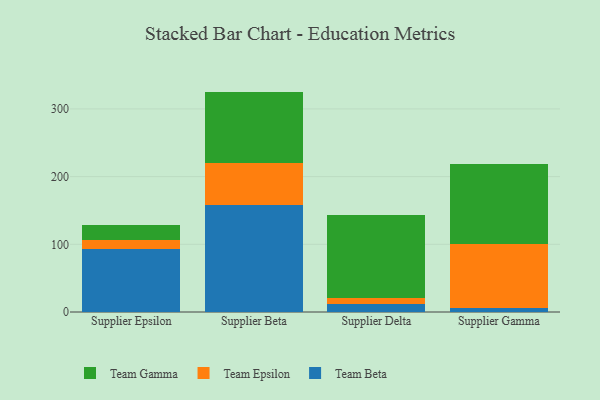
{"axis": {"x": "Supplier", "y": "Population (Million)"}, "legend": ["Team Beta", "Team Epsilon", "Team Gamma"], "data": [{"x": "Supplier Epsilon", "y": 93.5, "type": "Team Beta"}, {"x": "Supplier Epsilon", "y": 13.2, "type": "Team Epsilon"}, {"x": "Supplier Epsilon", "y": 22.0, "type": "Team Gamma"}, {"x": "Supplier Beta", "y": 158.2, "type": "Team Beta"}, {"x": "Supplier Beta", "y": 62.0, "type": "Team Epsilon"}, {"x": "Supplier Beta", "y": 105.4, "type": "Team Gamma"}, {"x": "Supplier Delta", "y": 12.3, "type": "Team Beta"}, {"x": "Supplier Delta", "y": 9.0, "type": "Team Epsilon"}, {"x": "Supplier Delta", "y": 122.3, "type": "Team Gamma"}, {"x": "Supplier Gamma", "y": 6.1, "type": "Team Beta"}, {"x": "Supplier Gamma", "y": 93.7, "type": "Team Epsilon"}, {"x": "Supplier Gamma", "y": 118.4, "type": "Team Gamma"}]}